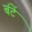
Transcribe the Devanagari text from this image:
बंटें